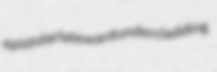
epistolar lateward undercladding